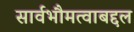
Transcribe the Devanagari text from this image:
सार्वभौमत्वाबद्दल